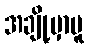
အချို့မှာမူ